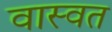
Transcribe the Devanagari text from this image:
वास्वत